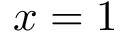
x = 1